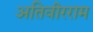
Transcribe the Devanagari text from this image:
अतिवीरराम